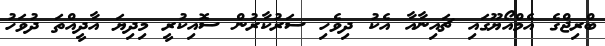
ބްރިޖްގެ އެމްއޯޔޫގައި ޗައިނާއާ އެކު ދިވެހި ސަރުކާރުން ސޮއިކުރީ މިދިޔަ އާދީއްތަ ދުވަހު